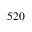
5 2 0